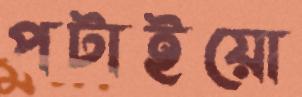
পটাইয়ো